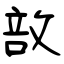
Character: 敨